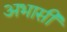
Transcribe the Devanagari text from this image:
अभासी